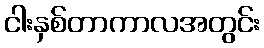
ငါးနှစ်တာကာလအတွင်း